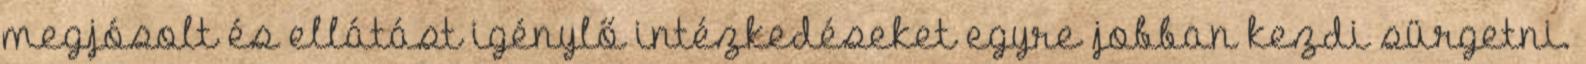
megjósolt és ellátást igénylő intézkedéseket egyre jobban kezdi sürgetni.